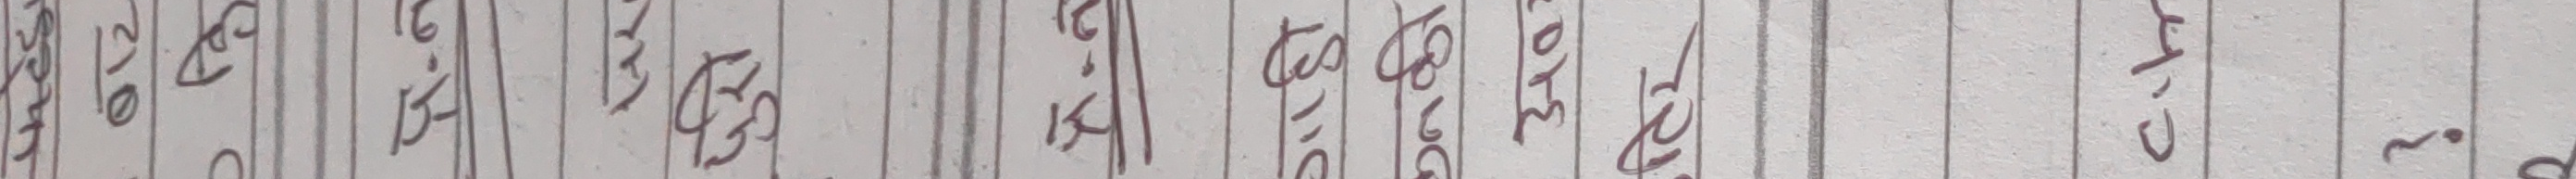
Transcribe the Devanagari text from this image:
सोत । को २६० ।  ४३० ति १०२८० । C-12 उ० व्रो